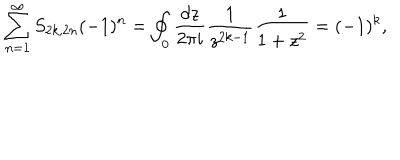
\sum _ { n = 1 } ^ { \infty } S _ { 2 k , 2 n } ( - 1 ) ^ { n } = \oint _ { 0 } { \frac { d z } { 2 \pi i } } { \frac { 1 } { z ^ { 2 k - 1 } } } { \frac { 1 } { 1 + z ^ { 2 } } } = ( - 1 ) ^ { k } ,